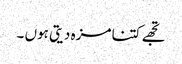
تجھے کتنا مزہ دیتی ہوں ۔